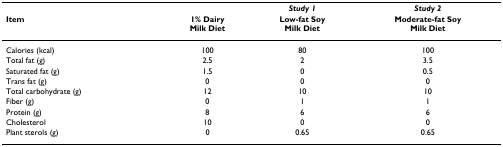
<table><thead><tr><td></td><td></td><td><b><i>Study 1</i></b></td><td><b><i>Study 2</i></b></td></tr><tr><td><b>Item</b></td><td><b>1% DairyMilk Diet</b></td><td><b>Low-fat SoyMilk Diet</b></td><td><b>Moderate-fat SoyMilk Diet</b></td></tr></thead><tbody><tr><td>Calories (kcal)</td><td>100</td><td>80</td><td>100</td></tr><tr><td>Total fat (g)</td><td>2.5</td><td>2</td><td>3.5</td></tr><tr><td>Saturated fat (g)</td><td>1.5</td><td>0</td><td>0.5</td></tr><tr><td>Trans fat (g)</td><td>0</td><td>0</td><td>0</td></tr><tr><td>Total carbohydrate (g)</td><td>12</td><td>10</td><td>10</td></tr><tr><td>Fiber (g)</td><td>0</td><td>1</td><td>1</td></tr><tr><td>Protein (g)</td><td>8</td><td>6</td><td>6</td></tr><tr><td>Cholesterol</td><td>10</td><td>0</td><td>0</td></tr><tr><td>Plant sterols (g)</td><td>0</td><td>0.65</td><td>0.65</td></tr></tbody></table>